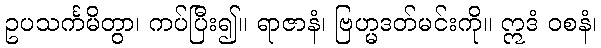
ဥပသင်္ကမိတွာ၊ ကပ်ပြီး၍။ ရာဇာနံ၊ ဗြဟ္မဒတ်မင်းကို။ ဣဒံ ဝစနံ၊